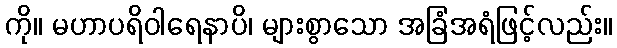
ကို။ မဟာပရိဝါရေနာပိ၊ များစွာသော အခြံအရံဖြင့်လည်း။